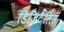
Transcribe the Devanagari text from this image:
डिजिटैलिस